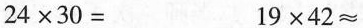
$$2 4 \times 3 0 =$$$$1 9 \times 4 2 ≈$$